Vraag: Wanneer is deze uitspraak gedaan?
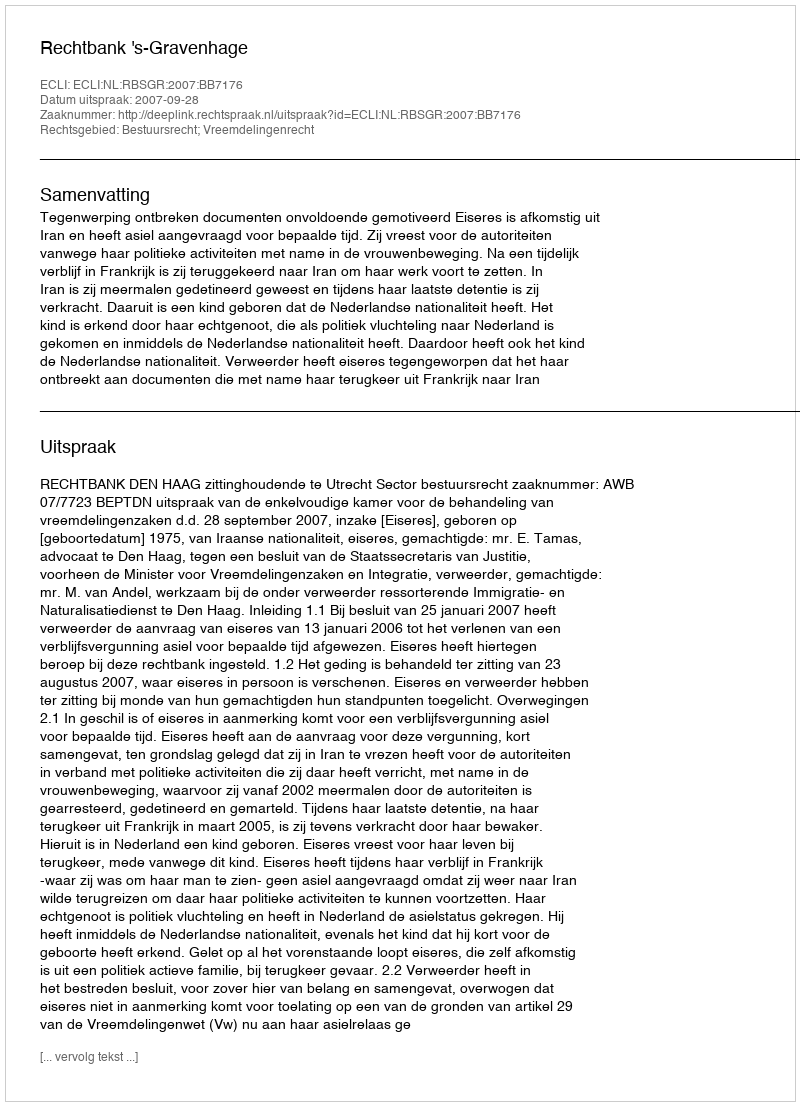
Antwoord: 2007-09-28